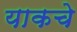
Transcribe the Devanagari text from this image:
याकचे